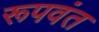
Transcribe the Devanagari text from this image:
रूपवंत